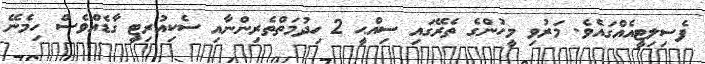
ފެސިލިޓީއެއްގައެވެ. މަރުވި މީހުންގެ ތެރޭގައި ސިއްޙީ 2 ހިދުމަތްތެރިންނާއި ސެކިއުރިޓީ ގާޑެއްވެސް ހިމެނޭ